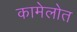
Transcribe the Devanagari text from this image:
कामेलोत